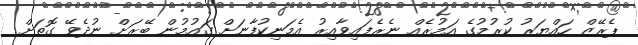
ޕެރޭޒް ހައްޔަރު ކުރުމުގެ އަމުރެއް ނެރެފައިވާއިރު އެމަނިކުފާނަށް ގައުމުން ބޭރަށް ނުދެވޭ ގޮތަށް